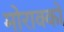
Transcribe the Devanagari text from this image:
मोराक्को